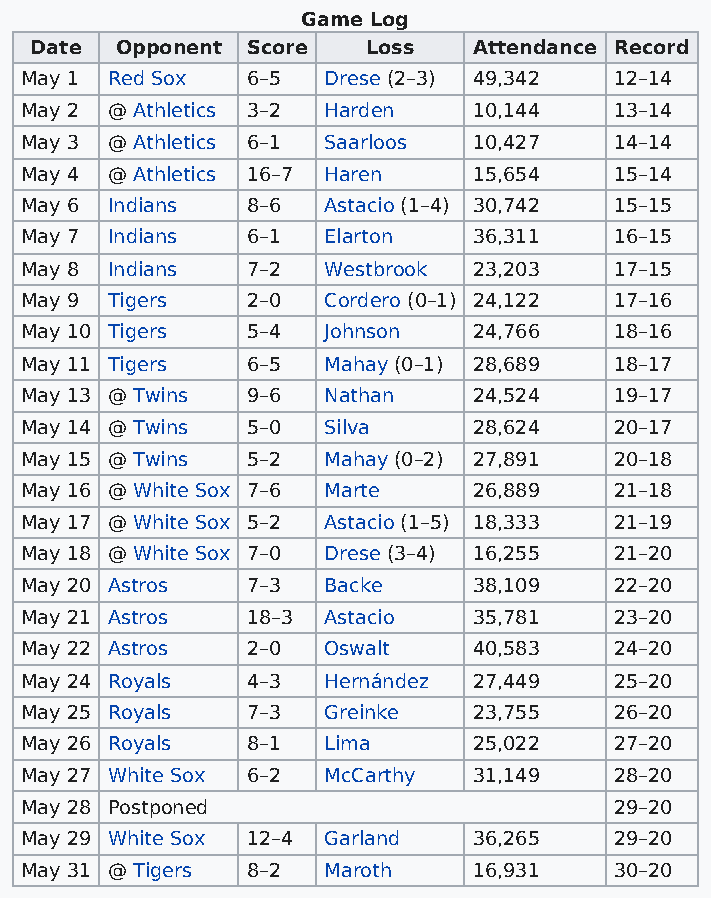
Game Log
 Date  Opponent Score  Loss   Attendance Record
 May 1 Red Sox  6–5  Drese (2–3) 49,342  12–14
 May 2 @ Athletics 3–2 Harden  10,144    13–14
 May 3 @ Athletics 6–1 Saarloos 10,427   14–14
 May 4 @ Athletics 16–7 Haren  15,654    15–14
 May 6 Indians  8–6  Astacio (1–4) 30,742 15–15
 May 7 Indians  6–1  Elarton   36,311    16–15
 May 8 Indians  7–2  Westbrook 23,203    17–15
 May 9 Tigers   2–0  Cordero (0–1) 24,122 17–16
 May 10 Tigers  5–4  Johnson   24,766    18–16
 May 11 Tigers  6–5  Mahay (0–1) 28,689  18–17
 May 13 @ Twins 9–6  Nathan    24,524    19–17
 May 14 @ Twins 5–0  Silva     28,624    20–17
 May 15 @ Twins 5–2  Mahay (0–2) 27,891  20–18
 May 16 @ White Sox 7–6 Marte  26,889    21–18
 May 17 @ White Sox 5–2 Astacio (1–5) 18,333 21–19
 May 18 @ White Sox 7–0 Drese (3–4) 16,255 21–20
 May 20 Astros  7–3  Backe     38,109    22–20
 May 21 Astros  18–3 Astacio   35,781    23–20
 May 22 Astros  2–0  Oswalt    40,583    24–20
 May 24 Royals  4–3  Hernández 27,449    25–20
 May 25 Royals  7–3  Greinke   23,755    26–20
 May 26 Royals  8–1  Lima      25,022    27–20
 May 27 White Sox 6–2 McCarthy 31,149    28–20
 May 28 Postponed                        29–20
 May 29 White Sox 12–4 Garland 36,265    29–20
 May 31 @ Tigers 8–2 Maroth    16,931    30–20